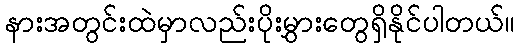
နားအတွင်းထဲမှာလည်းပိုးမွှားတွေရှိနိုင်ပါတယ်။